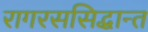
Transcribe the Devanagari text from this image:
रागरससिद्धान्त